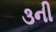
૩ની